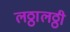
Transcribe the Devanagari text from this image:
लठ्ठालठ्ठी